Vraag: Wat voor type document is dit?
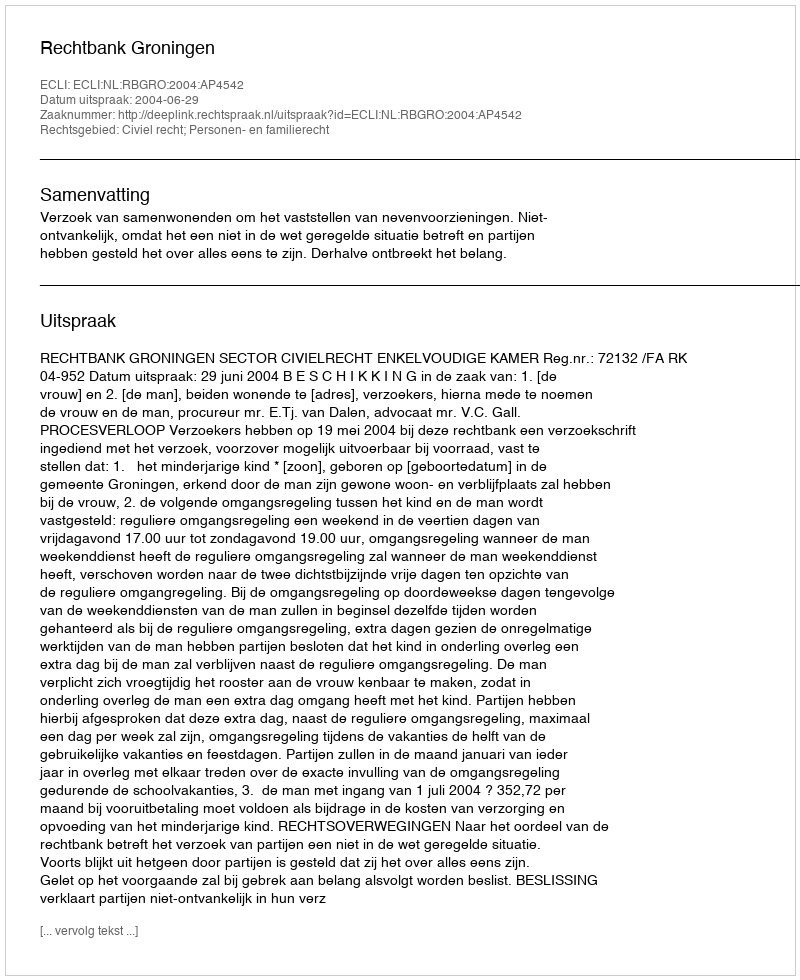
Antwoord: Uitspraak